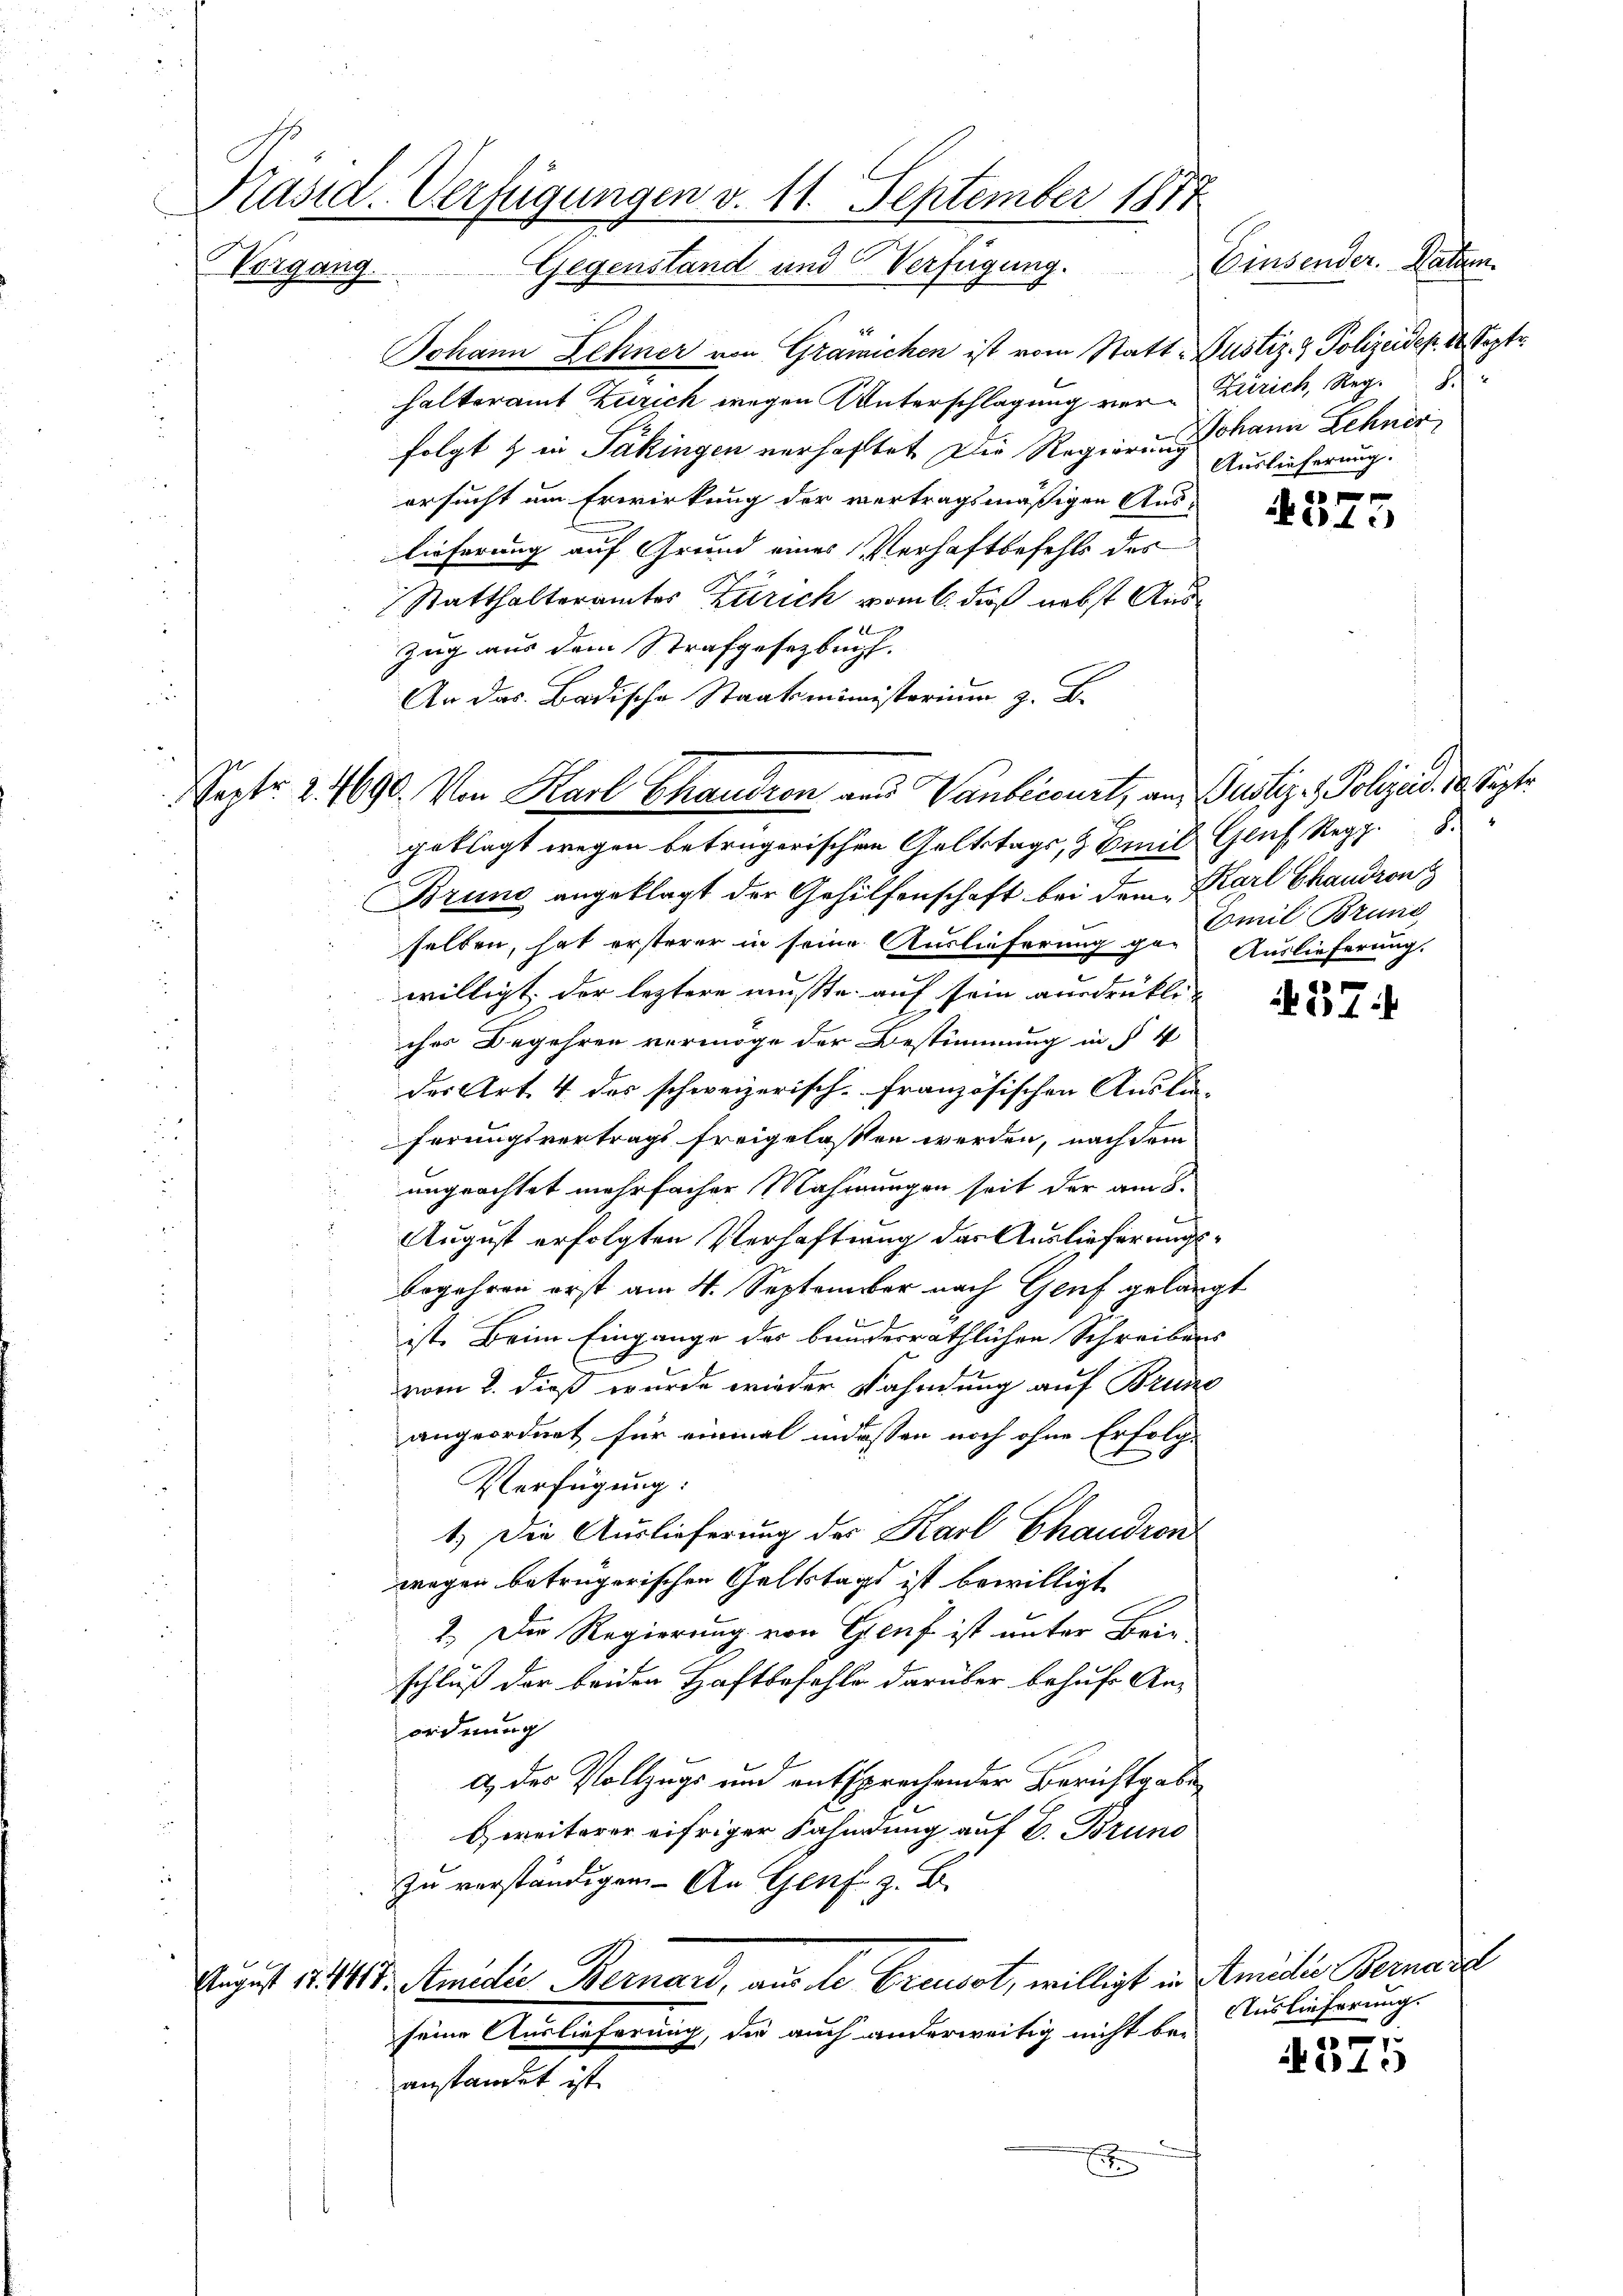
Präsid. Verfügungen v. 11. September 1874
Gegenstand und Verfügung. Einsender. Datum.
Vorgang

Johann Lehner von Grämichen ist vom Statt-Justiz- & Polizeidep. 18 Septe
halteramt Zürich wegen Unterschlagung vor-Zürich, Reg. 8
folgt & in Säkingen verhaftet. Die Regierung Auslieferung.
ersucht um Erwirkung der vertragsmäßigen Auslieferung auf Grund eines Verhaftbefehls des
Statthalteramtes Zürich vom 6. dieß nebst Aus¬

Zug aus dem Strafgesetzbuch.
An das Badische Staatsministerium z. B.
geklagt wegen betrügerischen Geltstags, & Emil Gluch Regg. 8.
Bruno angeklagt der Gehilfenschaft bei dem Karl Chaudron
selben, hat ersterer in seine Auslieferung gar Auslieferung.
willigt, der leztere musste auf sein ausdrükli
ches Begehren vermöge der Bestimmung in § 4
der Art. 4 des schweizerisch-französischen Auslä-
ferungsvertrags freigelassen werden, nach dem
ungeachtet mehrfacher Mahnungen seit der am 8.
August erfolgten Verhaftung das Auslieferungsbegehren erst am 4. September nach Genf gelangt
ist. Beim Eingange des bundesräthlichen Schreibens
vom 2. dieß wurde wieder Nahndung auf Bruno
angeordnet für einmal indessen noch ohne Erfolg-
Verfügung:
1.) Die Auslieferung der Karl Chaudron
wegen betrügerischen Geltstags ist bewilligt
2. Die Regierung von Genf ist unter Brie
schluß der beiden Haftbefehle darüber behufe Anordnung
A des Vollzugs und entsprechender Berichtgabe
Eweiterer eifriger Fahndung auf 2. Bruno
zu verständigen. - An Genf z. B.
August 12. 1418. Amidie Bernard, aus de Greusst, willigt in Amilie Bernare
seine Auslieferung, die auch anderweitig nicht be-
anstandet ist.

eptr. 2. 1690. Von Karl Chaudren an Vanbecourt, an Justiz- & Polizad. 30. Sept.

Johann Lehner

x
45

37.

e
15

Emil Brund

Auslieferung.